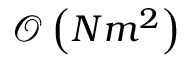
\mathcal { O } \left( N m ^ { 2 } \right)